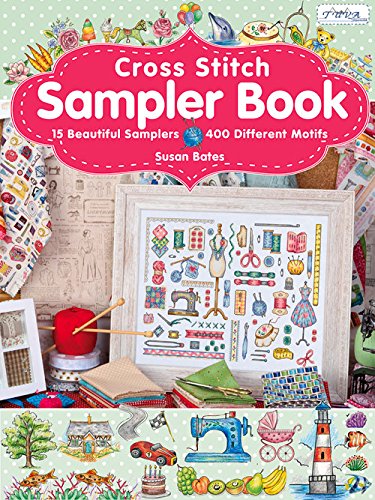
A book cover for Cross Stitch Sampler Book: 15 Beautiful Samplers, 400 Different Motifs; Susan Bates; Crafts, Hobbies & Home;